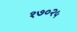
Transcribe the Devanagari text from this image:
१७०२५